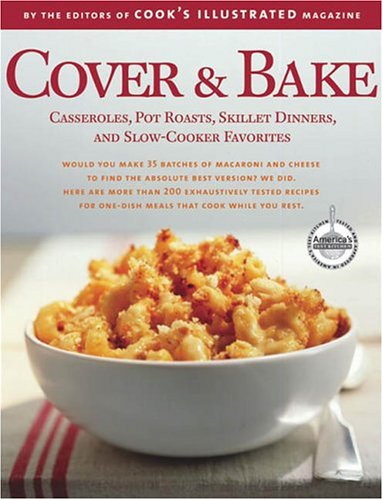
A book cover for Cover & Bake (Best Recipe); Cookbooks, Food & Wine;